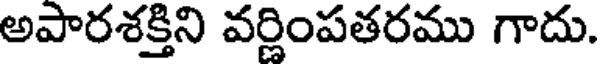
అపారశక్తిని వర్ణింపతరము గాదు.